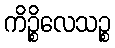
ကိဉ္စိလေသဉ္စ